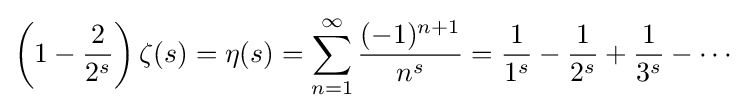
\left(1-{\frac {2}{2^{s}}}\right)\zeta (s)=\eta (s)=\sum _{n=1}^{\infty }{\frac {(-1)^{n+1}}{n^{s}}}={\frac {1}{1^{s}}}-{\frac {1}{2^{s}}}+{\frac {1}{3^{s}}}-\cdots